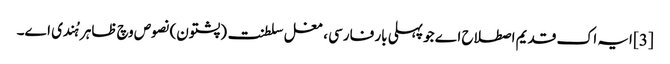
[3] ایہ اک قدیم اصطلاح اے جو پہلی بار فارسی ، مغل سلطنت (پشتون) نصوص وچ ظاہر ہُندی ا‏‏ے۔